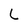
Character: L